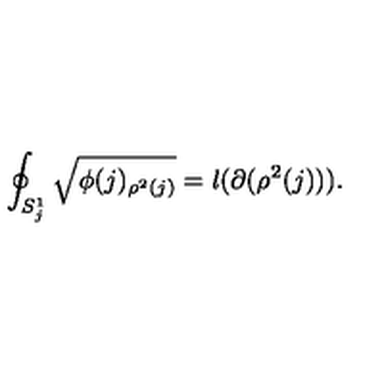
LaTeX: \oint _ { S _ { j } ^ { 1 } } \sqrt { \phi ( j ) _ { \rho ^ { 2 } ( j ) } } = l ( \partial ( \rho ^ { 2 } ( j ) ) ) .